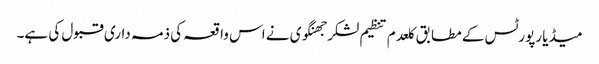
میڈیا رپورٹس کے مطابق کلعدم تنظیم لشکر جھنگوی نے اس واقعہ کی ذمہ داری قبول کی ہے۔